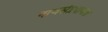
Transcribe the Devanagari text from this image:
नाथसंप्रदायात